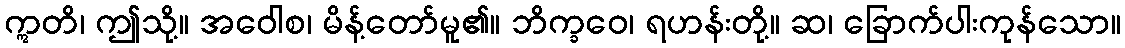
ဣတိ၊ ဤသို့။ အဝေါစ၊ မိန့်တော်မူ၏။ ဘိက္ခဝေ၊ ရဟန်းတို့။ ဆ၊ ခြောက်ပါးကုန်သော။